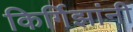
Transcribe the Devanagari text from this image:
किर्गिझांनी